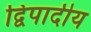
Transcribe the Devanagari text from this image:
द्विपादीय